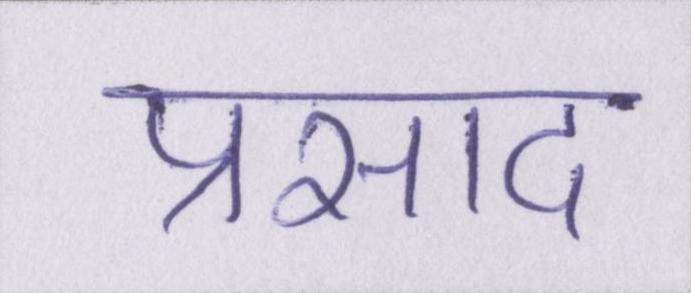
प्रसाद